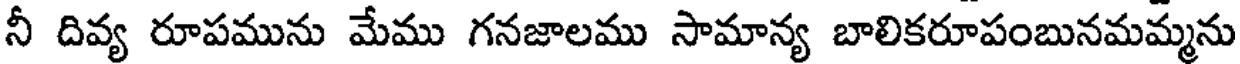
నీ దివ్య రూపమును మేము గనజాలము సామాన్య బాలికరూపంబునమమ్మను